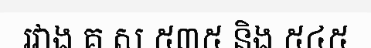
រវាង គ.ស ៥៣៥ និង ៥៤៥